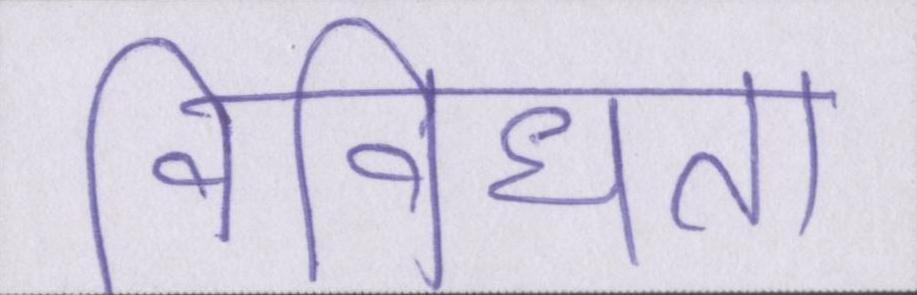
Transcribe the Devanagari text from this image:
विविधता